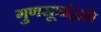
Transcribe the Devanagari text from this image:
गुणसूत्रांद्वारे